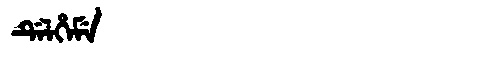
Manchu: ᡩᡝᠯᡥᡝᠮᡝ
Romanization: DELHEME